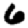
Digit: 6